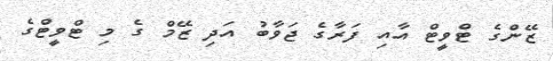
ޒޭންގެ ޓްވީޓް އާއި ފަރާގެ ޖަވާބު އަދި ޒޭމް ގެ މި ޓްވީޓްގެ